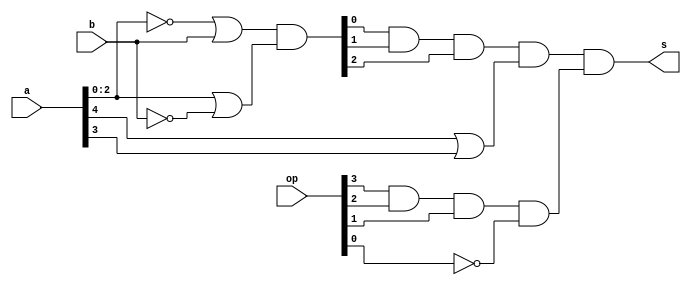
`timescale 1ns / 1ps
//////////////////////////////////////////////////////////////////////////////////
// Company: 
// Engineer: 
// 
// Design Name: 
// Module Name:    comp 
// Project Name: 
// Target Devices: 
// Tool versions: 
// Description: 
//
// Dependencies: 
//
// Revision: 
// Revision 0.01 - File Created
// Additional Comments: 
//
//////////////////////////////////////////////////////////////////////////////////
module comp(
input [4:0]a,
input [2:0]b,
input [3:0]op,
output s
    );
wire s_inter;
wire [2:0]w1;
assign w1=(~(a[2:0])|b)&((a[2:0])|~b);
assign s_inter=w1[0]&w1[1]&w1[2]&(a[4]|a[3]);
assign s=s_inter&(op[3]&op[2]&op[1]&~op[0]);

endmodule